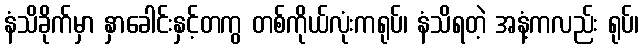
နံသိခိုက်မှာ နှာခေါင်းနှင့်တကွ တစ်ကိုယ်လုံးကရုပ်၊ နံသိရတဲ့ အနံ့ကလည်း ရုပ်၊